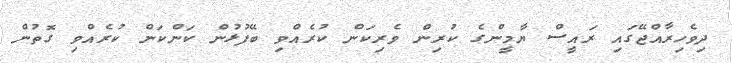
ދިވެހިރާއްޖޭގައި ރައީސް ޔާމީންގެ ކުރިން ވެރިކަން ކުރެއްވި ބޭފުޅުން ކަންކަން ކުރެއްވި ގޮތުން